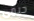
جيمى